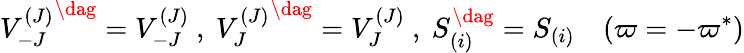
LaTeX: {V_{-J}^{(J)}}^{\dag}=V_{-J}^{(J)}\ ,\ {V_{J}^{(J)}}^{\dag}=V_{J}^{(J)}\ ,\ S_{(i)}^{\dag}=S_{(i)}\quad(\varpi=-\varpi^{\ast})